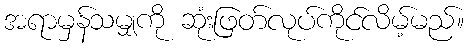
အရာမှန်သမျှကို ဆုံးဖြတ်လုပ်ကိုင်လိမ့်မည်။